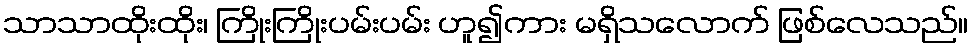
သာသာထိုးထိုး၊ ကြိုးကြိုးပမ်းပမ်း ဟူ၍ကား မရှိသလောက် ဖြစ်လေသည်။